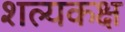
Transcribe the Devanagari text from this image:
शल्यकक्ष